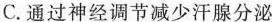
C.通过神经调节减少汗腺分泌